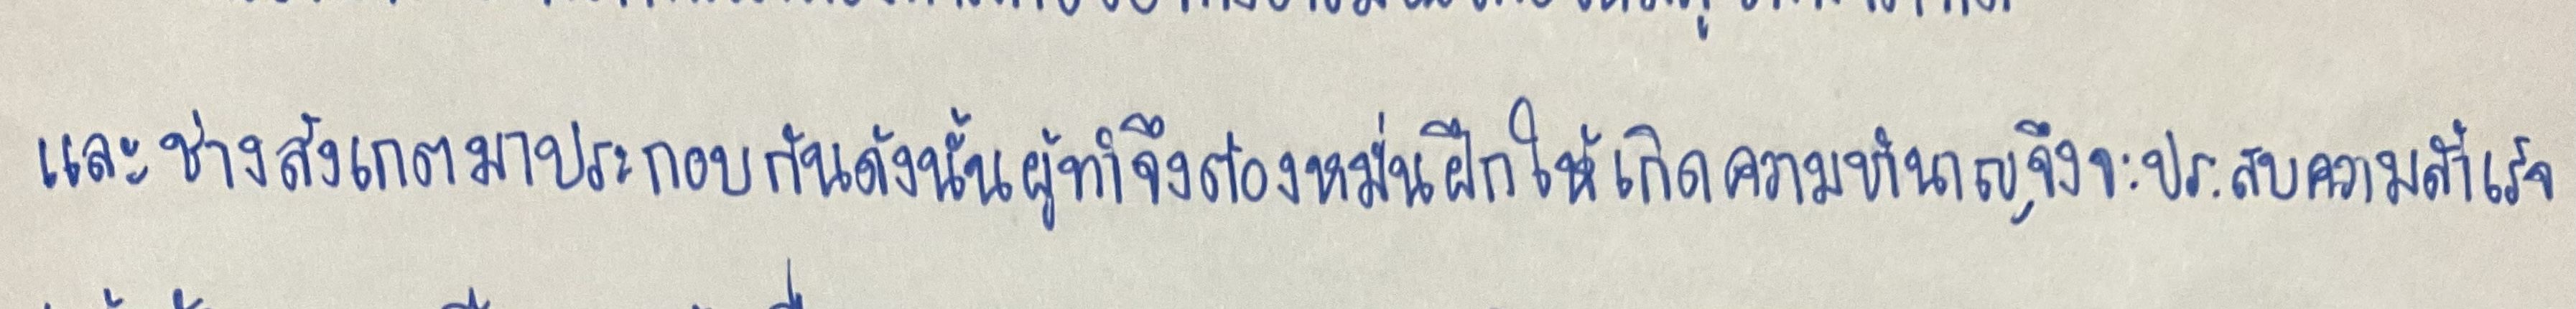
และช่างสังเกตมาประกอบกันดังนั้นผู้ทำจึงต้องหมั่นฝึกให้เกิดความชำนาญจึงจะประสบความสำเร็จ